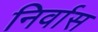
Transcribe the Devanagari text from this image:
निर्वास